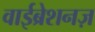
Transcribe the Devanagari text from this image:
वाईब्रेशनज़